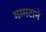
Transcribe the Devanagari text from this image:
मम्मटाने